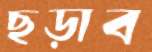
ছড়াব